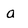
Character: a